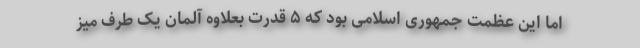
اما این عظمت جمهوری اسلامی بود که ۵ قدرت بعلاوه آلمان یک طرف میز